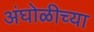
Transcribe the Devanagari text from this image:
अंघोळीच्या